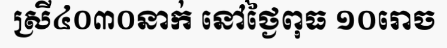
ស្រី៤០៣០នាក់ នៅថ្ងៃពុធ ១០រោច